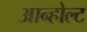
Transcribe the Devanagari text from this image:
आन्होल्ट